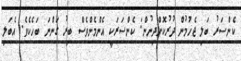
ކެންސަރު ބަލި ޖެހުމުން ދުރުކޮށްދިނުން: ކެންސަރަކީ އެންމެންވެސް ބިރު ގަންނަ ބަހެކެވެ. އެބަލި